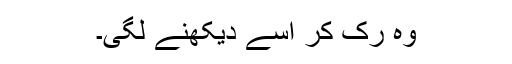
وہ رک کر اسے دیکھنے لگی۔